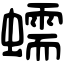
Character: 蠕